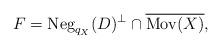
LaTeX: \begin{align*}F=\mathrm{Neg}_{q_X}(D)^{\perp}\cap \overline{\mathrm{Mov}(X)},\end{align*}